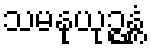
သမနုယုဉ္ဇန္တံ